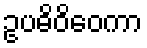
ဥပဓိဝိဝေကာ